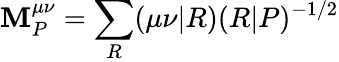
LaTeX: \mathbf{M}_{P}^{\mu\nu}=\sum_{R}(\mu\nu|R)(R|P)^{-1/2}